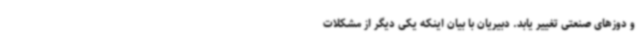
و دوزهای صنعتی تغییر یابد. دبیریان با بیان اینکه یکی دیگر از مشکلات